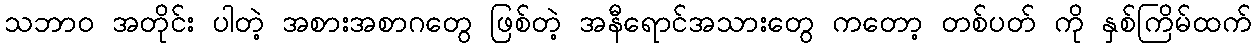
သဘာဝ အတိုင်း ပါတဲ့ အစားအစာဂတွေ ဖြစ်တဲ့ အနီရောင်အသားတွေ ကတော့ တစ်ပတ် ကို နှစ်ကြိမ်ထက်